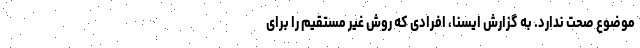
موضوع صحت ندارد. به گزارش ایسنا، افرادی که روش غیر مستقیم را برای